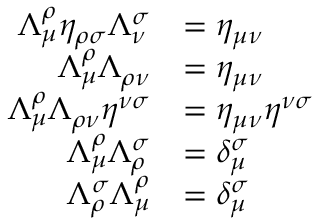
\begin{array} { r l } { \Lambda ^ { \rho } _ { \mu } \eta _ { \rho \sigma } \Lambda ^ { \sigma } _ { \nu } } & { = \eta _ { \mu \nu } } \\ { \Lambda ^ { \rho } _ { \mu } \Lambda _ { \rho \nu } } & { = \eta _ { \mu \nu } } \\ { \Lambda ^ { \rho } _ { \mu } \Lambda _ { \rho \nu } \eta ^ { \nu \sigma } } & { = \eta _ { \mu \nu } \eta ^ { \nu \sigma } } \\ { \Lambda ^ { \rho } _ { \mu } \Lambda _ { \rho } ^ { \sigma } } & { = \delta _ { \mu } ^ { \sigma } } \\ { \Lambda _ { \rho } ^ { \sigma } \Lambda ^ { \rho } _ { \mu } } & { = \delta _ { \mu } ^ { \sigma } } \end{array}